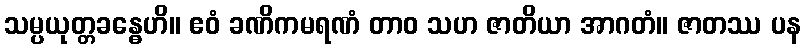
သမ္ပယုတ္တခန္ဓေဟိ။ ဧဝံ ခဏိကမရဏံ တာဝ သဟ ဇာတိယာ အာဂတံ။ ဇာတဿ ပန